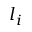
l _ { i }